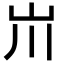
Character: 𡵅